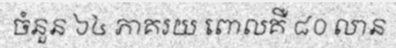
ចំនួន ៦៤ ភាគរយ ពោលគឺ ៨០ លាន